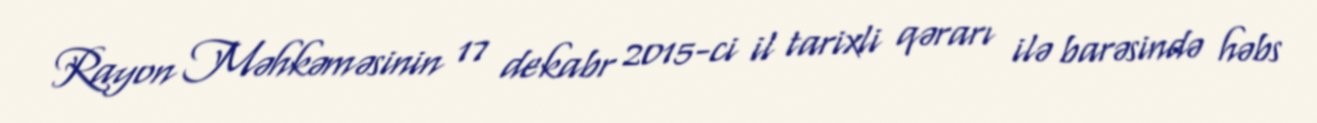
Rayon Məhkəməsinin 17 dekabr 2015-ci il tarixli qərarı ilə barəsində həbs